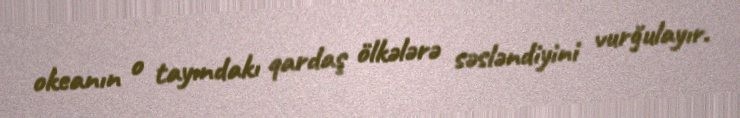
okeanın o tayındakı qardaş ölkələrə səsləndiyini vurğulayır.